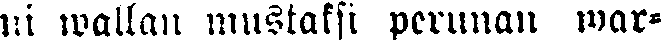
ni wallan mustaksi perunan war-